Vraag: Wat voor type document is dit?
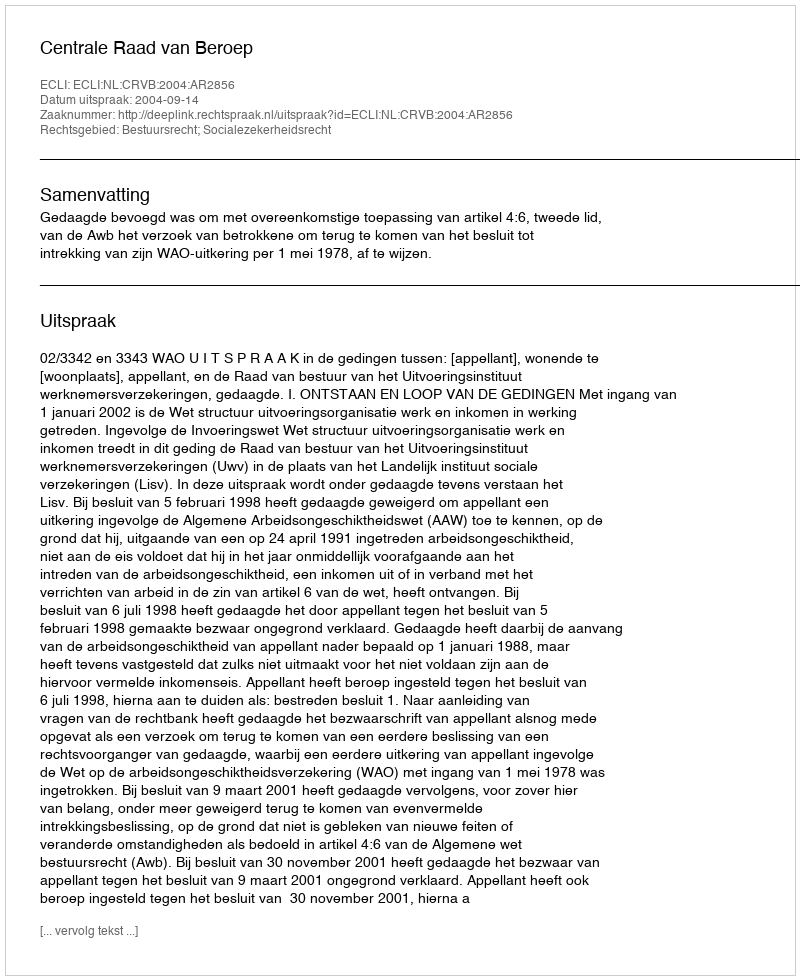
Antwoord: Uitspraak